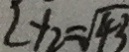
y _ { 2 } = \sqrt { 4 3 }